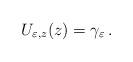
LaTeX: \begin{align*}U_{\varepsilon,z}(z)=\gamma_\varepsilon\,.\end{align*}